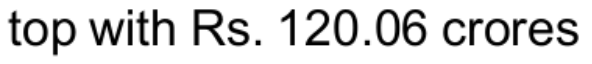
top with Rs. 120.06 crores